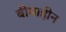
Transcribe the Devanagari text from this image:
बीमाहीन